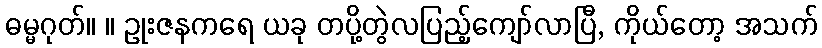
ဓမ္မဂုတ်။ ။ ဥုးဇနကရေ ယခု တပို့တွဲလပြည့်ကျော်လာပြီ, ကိုယ်တော့ အသက်